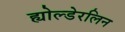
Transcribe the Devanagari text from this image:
ह्योल्डेरलिन